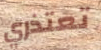
تعتذري